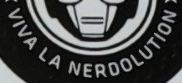
VIVA LA NEROOLUTION